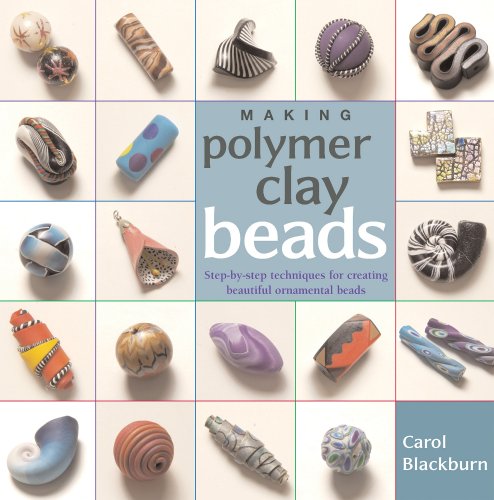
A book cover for Making Polymer Clay Beads; Carol Blackburn; Crafts, Hobbies & Home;